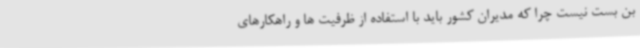
بن بست نیست چرا که مدیران کشور باید با استفاده از ظرفیت ها و راهکارهای